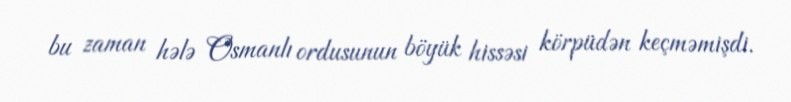
bu zaman hələ Osmanlı ordusunun böyük hissəsi körpüdən keçməmişdi.